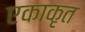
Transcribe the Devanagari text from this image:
एकाकृत